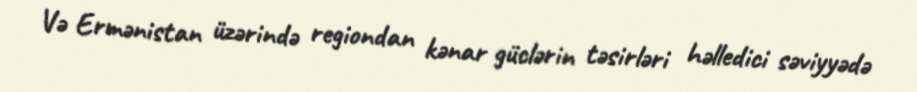
Və Ermənistan üzərində regiondan kənar güclərin təsirləri həlledici səviyyədə